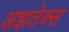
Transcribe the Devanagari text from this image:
अझतेक्स